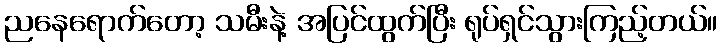
ညနေရောက်တော့ သမီးနဲ့ အပြင်ထွက်ပြီး ရုပ်ရှင်သွားကြည့်တယ်။